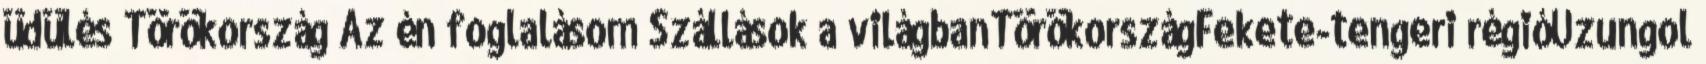
üdülés Törökország Az én foglalásom Szállások a világbanTörökországFekete-tengeri régióUzungol